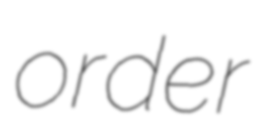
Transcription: order